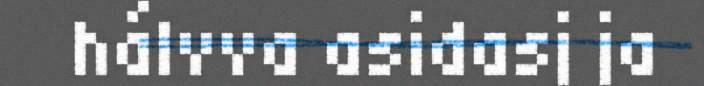
hálvva asidasj ja